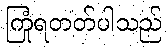
ကြုံရတတ်ပါသည်